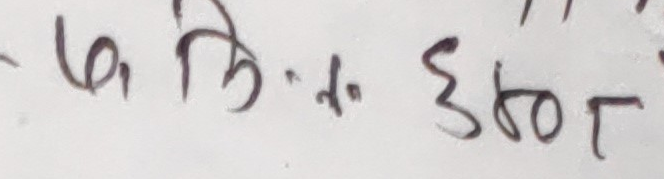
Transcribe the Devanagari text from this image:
- का, हि. 4. इ60र